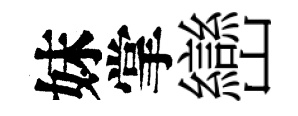
妹掌巒